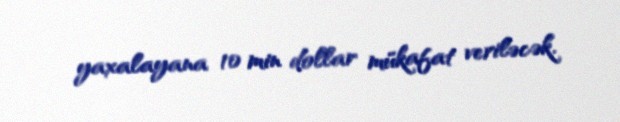
yaxalayana 10 min dollar mükafat veriləcək.